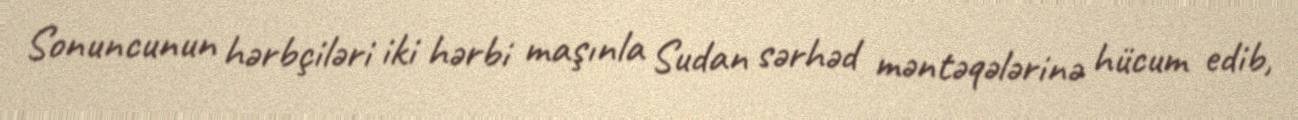
Sonuncunun hərbçiləri iki hərbi maşınla Sudan sərhəd məntəqələrinə hücum edib,